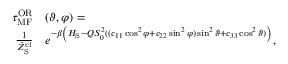
\begin{array} { r l } { \tau _ { \mathrm { M F } } ^ { \mathrm { O R } } } & { ( \vartheta , \varphi ) = } \\ { \frac { 1 } { \tilde { Z } _ { \mathrm { S } } ^ { \mathrm { c l } } } } & { e ^ { - \beta \left( H _ { \mathrm { S } } - Q S _ { 0 } ^ { 2 } ( ( c _ { 1 1 } \cos ^ { 2 } \varphi + c _ { 2 2 } \sin ^ { 2 } \varphi ) \sin ^ { 2 } \vartheta + c _ { 3 3 } \cos ^ { 2 } \vartheta ) \right) } , } \end{array}